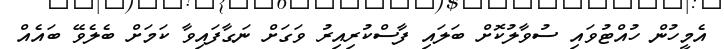
އެމީހުން ހުއްޓުވައި ސުވާލުކޮށް ބަލައި ފާސްކުރިއިރު ވަގަށް ނަގާފައިވާ ކަމަށް ބެލެވޭ ބައެއް